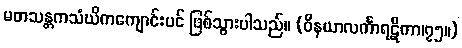
မတသန္တကသံဃိကကျောင်းပင် ဖြစ်သွားပါသည်။ (ဝိနယာလင်္ကာရဋီကာ၊၇၅။)